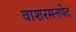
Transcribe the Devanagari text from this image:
वाशरमनपेट